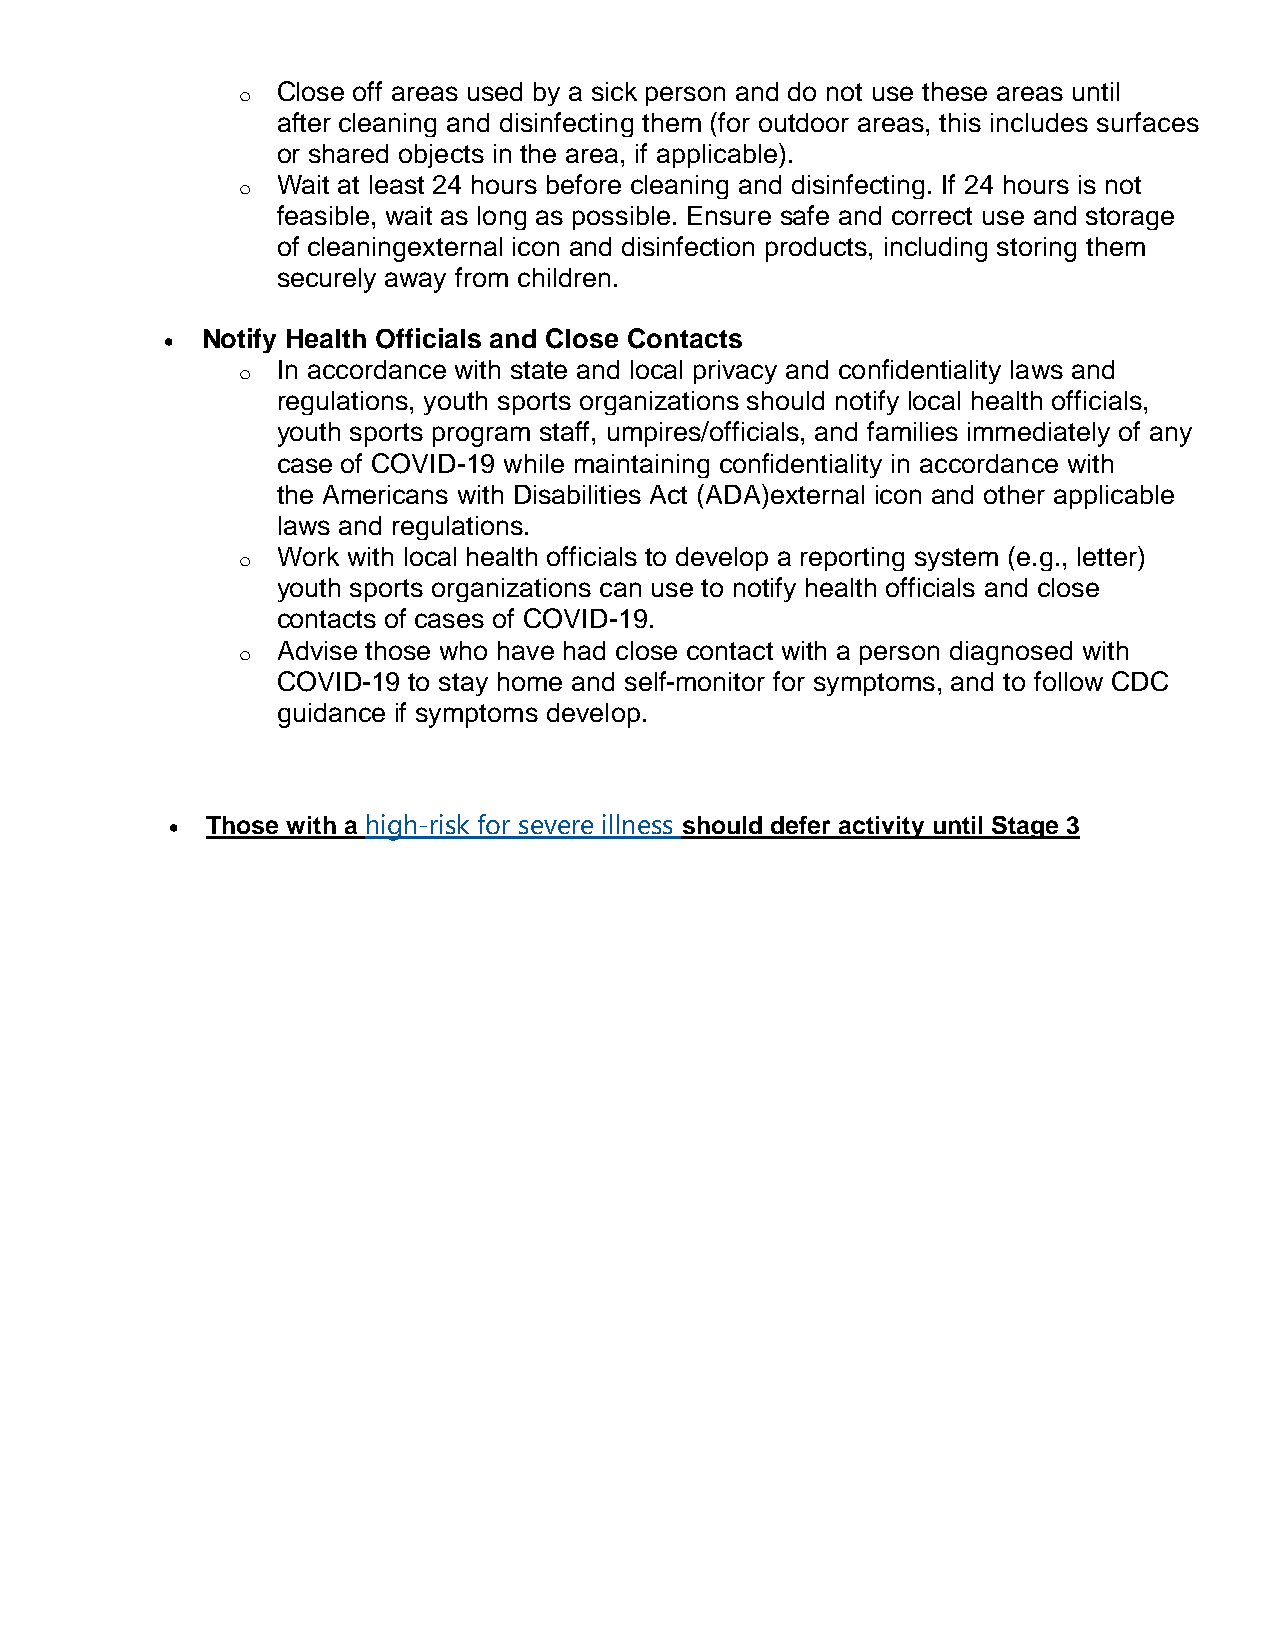
o Close off areas used by a sick person and do not use these areas until
 after cleaning and disinfecting them (for outdoor areas, this includes surfaces
 or shared objects in the area, if applicable).
 o Wait at least 24 hours before cleaning and disinfecting. If 24 hours is not
 feasible, wait as long as possible. Ensure safe and correct use and storage
 of cleaningexternal icon and disinfection products, including storing them
 securely away from children.
 • Notify Health Officials and Close Contacts
 o In accordance with state and local privacy and confidentiality laws and
 regulations, youth sports organizations should notify local health officials,
 youth sports program staff, umpires/officials, and families immediately of any
 case of COVID-19 while maintaining confidentiality in accordance with
 the Americans with Disabilities Act (ADA)external icon and other applicable
 laws and regulations.
 o Work with local health officials to develop a reporting system (e.g., letter)
 youth sports organizations can use to notify health officials and close
 contacts of cases of COVID-19.
 o Advise those who have had close contact with a person diagnosed with
 COVID-19 to stay home and self-monitor for symptoms, and to follow CDC
 guidance if symptoms develop.
 •  Those with a high-risk for severe illness should defer activity until Stage 3